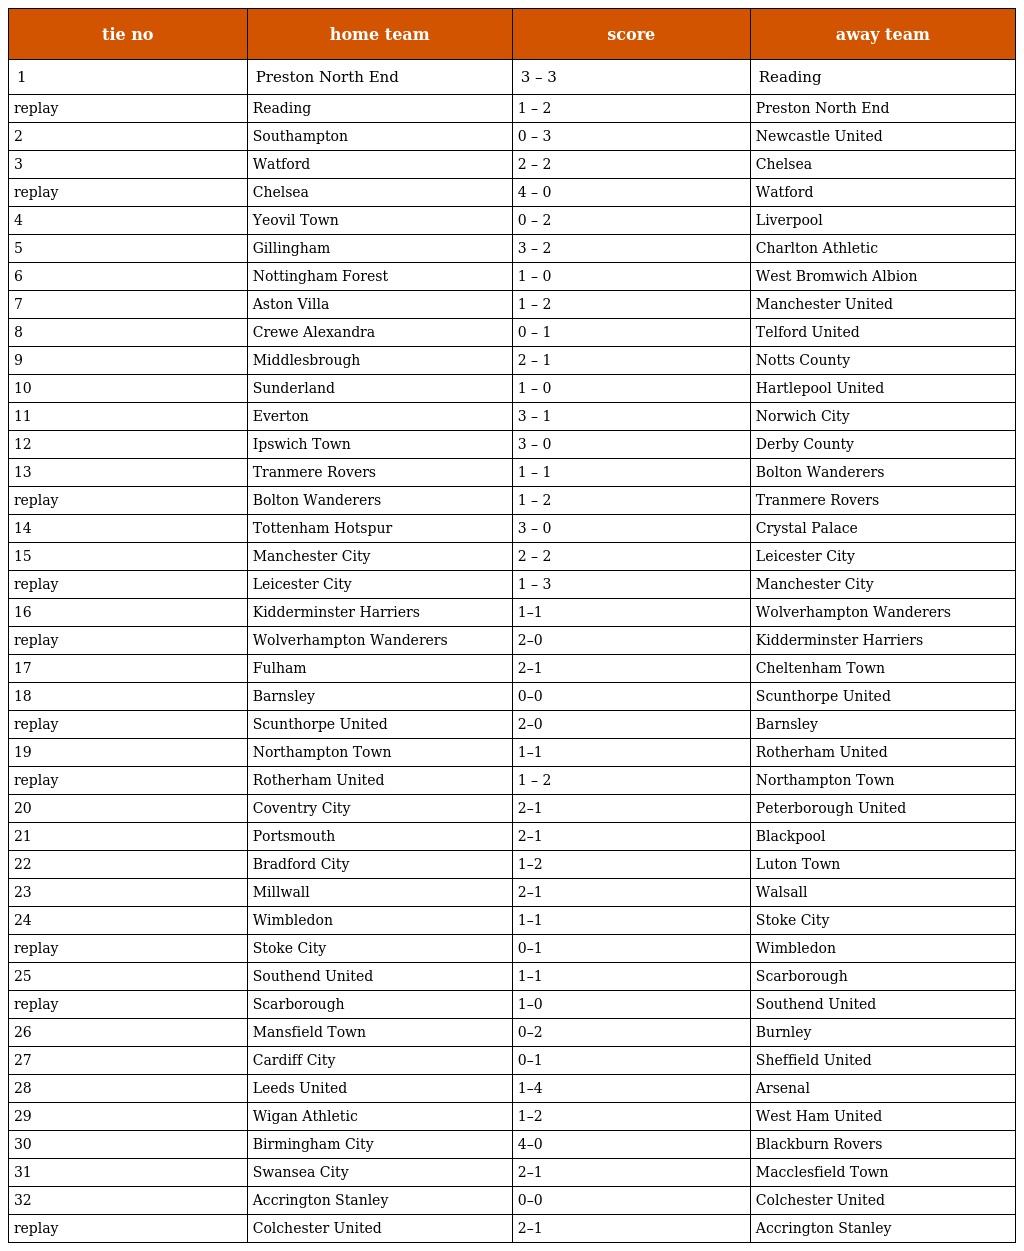
| tie no | home team | score | away team |
 | --- | --- | --- | --- |
 | 1 | Preston North End | 3 – 3 | Reading |
 | replay | Reading | 1 – 2 | Preston North End |
 | 2 | Southampton | 0 – 3 | Newcastle United |
 | 3 | Watford | 2 – 2 | Chelsea |
 | replay | Chelsea | 4 – 0 | Watford |
 | 4 | Yeovil Town | 0 – 2 | Liverpool |
 | 5 | Gillingham | 3 – 2 | Charlton Athletic |
 | 6 | Nottingham Forest | 1 – 0 | West Bromwich Albion |
 | 7 | Aston Villa | 1 – 2 | Manchester United |
 | 8 | Crewe Alexandra | 0 – 1 | Telford United |
 | 9 | Middlesbrough | 2 – 1 | Notts County |
 | 10 | Sunderland | 1 – 0 | Hartlepool United |
 | 11 | Everton | 3 – 1 | Norwich City |
 | 12 | Ipswich Town | 3 – 0 | Derby County |
 | 13 | Tranmere Rovers | 1 – 1 | Bolton Wanderers |
 | replay | Bolton Wanderers | 1 – 2 | Tranmere Rovers |
 | 14 | Tottenham Hotspur | 3 – 0 | Crystal Palace |
 | 15 | Manchester City | 2 – 2 | Leicester City |
 | replay | Leicester City | 1 – 3 | Manchester City |
 | 16 | Kidderminster Harriers | 1–1 | Wolverhampton Wanderers |
 | replay | Wolverhampton Wanderers | 2–0 | Kidderminster Harriers |
 | 17 | Fulham | 2–1 | Cheltenham Town |
 | 18 | Barnsley | 0–0 | Scunthorpe United |
 | replay | Scunthorpe United | 2–0 | Barnsley |
 | 19 | Northampton Town | 1–1 | Rotherham United |
 | replay | Rotherham United | 1 – 2 | Northampton Town |
 | 20 | Coventry City | 2–1 | Peterborough United |
 | 21 | Portsmouth | 2–1 | Blackpool |
 | 22 | Bradford City | 1–2 | Luton Town |
 | 23 | Millwall | 2–1 | Walsall |
 | 24 | Wimbledon | 1–1 | Stoke City |
 | replay | Stoke City | 0–1 | Wimbledon |
 | 25 | Southend United | 1–1 | Scarborough |
 | replay | Scarborough | 1–0 | Southend United |
 | 26 | Mansfield Town | 0–2 | Burnley |
 | 27 | Cardiff City | 0–1 | Sheffield United |
 | 28 | Leeds United | 1–4 | Arsenal |
 | 29 | Wigan Athletic | 1–2 | West Ham United |
 | 30 | Birmingham City | 4–0 | Blackburn Rovers |
 | 31 | Swansea City | 2–1 | Macclesfield Town |
 | 32 | Accrington Stanley | 0–0 | Colchester United |
 | replay | Colchester United | 2–1 | Accrington Stanley |